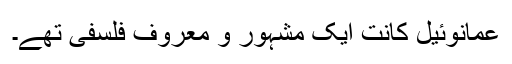
عمانوئیل کانت ایک مشہور و معروف فلسفی تھے۔